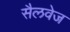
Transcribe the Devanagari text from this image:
सैलवेज